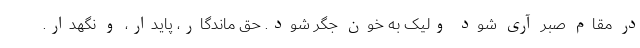
در مقام صبر آری شود ولیک به خون جگر شود. حق ماندگار، پایدار، و نگهدار.